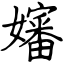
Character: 嬸